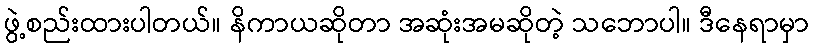
ဖွဲ့စည်းထားပါတယ်။ နိကာယဆိုတာ အဆုံးအမဆိုတဲ့ သဘောပါ။ ဒီနေရာမှာ